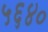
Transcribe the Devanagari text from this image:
५६४०